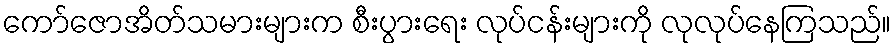
ကော်ဇောအိတ်သမားများက စီးပွားရေး လုပ်ငန်းများကို လုလုပ်နေကြသည်။